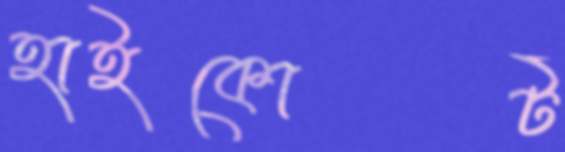
হাইকোর্ট